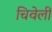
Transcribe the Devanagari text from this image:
चिवेली